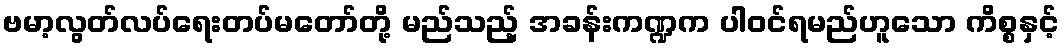
ဗမာ့လွတ်လပ်ရေးတပ်မတော်တို့ မည်သည့် အခန်းကဏ္ဍက ပါဝင်ရမည်ဟူသော ကိစ္စနှင့်